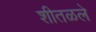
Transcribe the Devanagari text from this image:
शीतळले